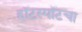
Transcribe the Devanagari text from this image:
हॉटस्पॉटचा